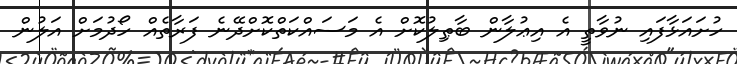
ހުށައަޅާފައި ނުވާތީ އެ އިޢުލާން ބާޠިލުކޮށް އެ މަސައްކަތްކޮށްދޭނެ ފަރާތެއް ހޯދުމަށް އަލުން